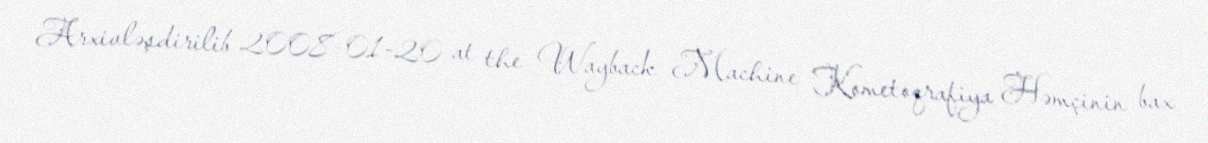
Arxivləşdirilib 2008-01-20 at the Wayback Machine Kometoqrafiya Həmçinin bax